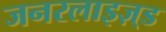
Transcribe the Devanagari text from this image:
जनरलाइज़्ड